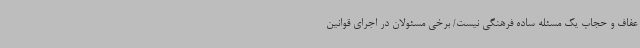
عفاف و حجاب یک مسئله ساده فرهنگی نیست/ برخی مسئولان در اجرای قوانین